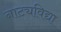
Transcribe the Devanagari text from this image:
नाट्यविद्या